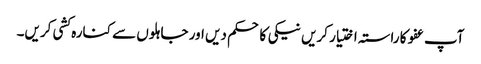
آپ عفو کا راستہ اختیار کریں نیکی کا حکم دیں اور جاہلوں سے کنارہ کشی کریں۔